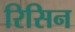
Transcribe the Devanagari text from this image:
रिसिन